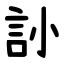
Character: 䚱